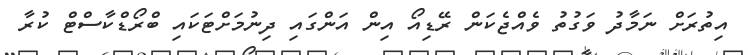
އިތުރަށް ނަމާދު ވަގުތު ވެއްޖެކަން ރޭޑިއޯ އިން އަންގައި ދިނުމަށްޓަކައި ބްރޯޑްކާސްޓް ކުރާ